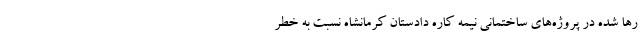
رها شده در پروژه‌های ساختمانی نیمه کاره دادستان کرمانشاه نسبت به خطر